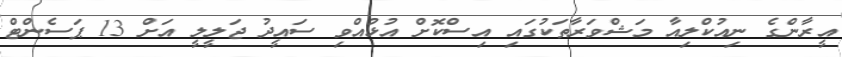
އީރާންގެ ނިއުކްލިއާ މަޝްވަރާތަކުގައި އިސްކޮށް އުޅުއްވި ސައީދު ޖަލީލީ އަށް 13 ޕަސެންޓް